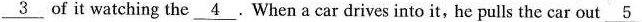
\underline3 of it watching the \underline4.When a car drives into it, he pulls the car out \underline5